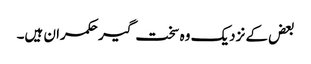
بعض کے نزدیک وہ سخت گیر حکمران ہیں۔